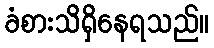
ခံစားသိရှိနေရသည်။